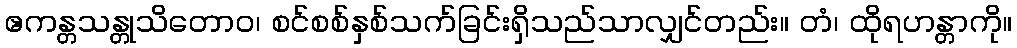
ဧကန္တသန္တုသိတောဝ၊ စင်စစ်နှစ်သက်ခြင်းရှိသည်သာလျှင်တည်း။ တံ၊ ထိုရဟန္တာကို။